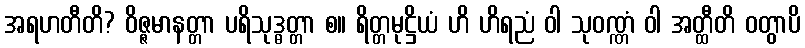
အရဟတီတိ? ဝိဇ္ဇမာနတ္တာ ပရိသုဒ္ဓတ္တာ စ။ ရိတ္တမုဋ္ဌိယံ ဟိ ဟိရညံ ဝါ သုဝဏ္ဏံ ဝါ အတ္ထီတိ ဝတွာပိ